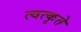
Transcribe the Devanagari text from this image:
त्वत्कृते